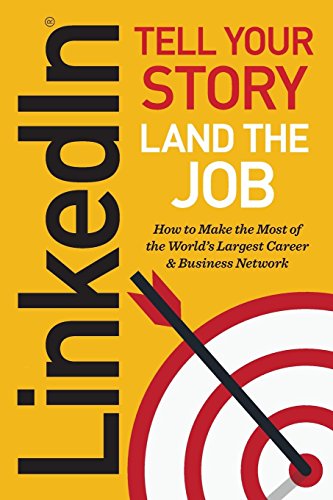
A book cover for Linkedin: Tell Your Story, Land the Job; Jeff Norman; Computers & Technology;